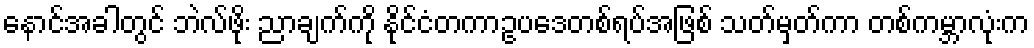
နောင်အခါတွင် ဘဲလ်ဖိုး ညာချက်ကို နိုင်ငံတကာဥပဒေတစ်ရပ်အဖြစ် သတ်မှတ်ကာ တစ်ကမ္ဘာလုံးက